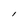
Character: l